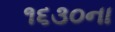
૧૬૩૦ના